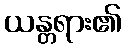
ယန္တရား၏